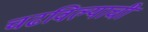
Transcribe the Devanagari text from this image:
चढविल्याची